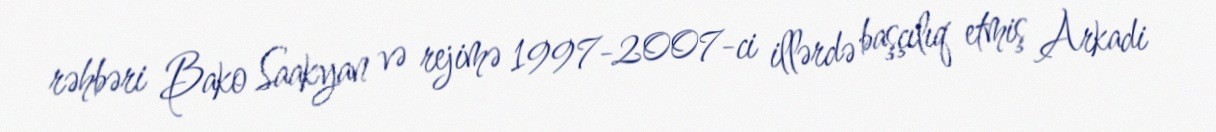
rəhbəri Bako Saakyan və rejimə 1997-2007-ci illərdə başçılıq etmiş Arkadi